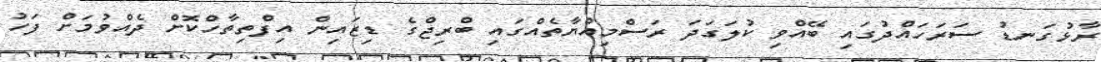
ރާޅުގަނޑު ސަރަހައްދުގައި ބޭއްވި ކުލަގަދަ ރަސްމިއްޔާތެއްގައި ބްރިޖްގެ ޑިޒައިން އިފްތިތާހްކޮށް ދެއްވުމަށް ފަހު